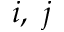
i , ~ j